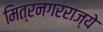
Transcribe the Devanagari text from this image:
मित्रनगरराज्ये